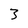
Character: 3